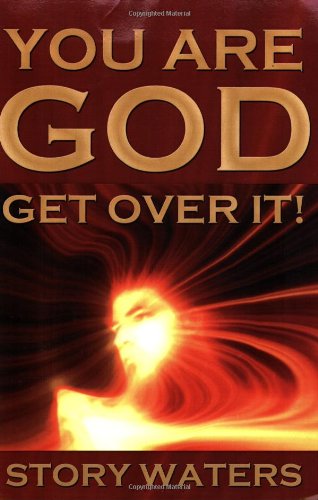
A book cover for You Are God. Get Over It!; Story Waters; Health, Fitness & Dieting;